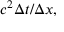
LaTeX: c ^ { 2 } \Delta t / \Delta x ,